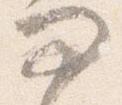
問